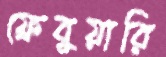
ফ্রেবুয়ারি